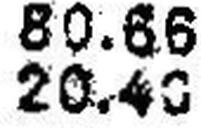
20.40 5